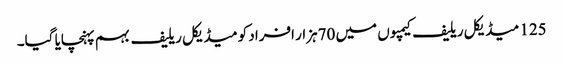
125 میڈیکل ریلیف کیمپوں میں 70ہزار افراد کو میڈیکل ریلیف بہم پہنچایا گیا۔